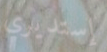
إستديري